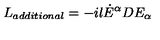
L _ { a d d i t i o n a l } = - i l { \dot { E } } ^ { \alpha } D E _ { \alpha }